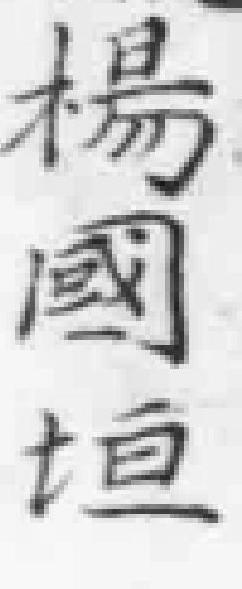
楊國垣